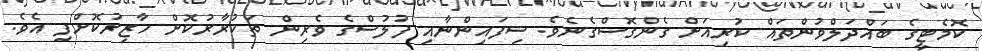
ކޮމެޓީގެ ބައްދަލްވުންތައް ކުރިއަށް ގެންގޮސްގެނެވެ. ސިފައިންނާއި ފުލުސްގެ ވެރިން ތަކުރާރުކޮށް ހާޒިރުކޮށްފި އެވެ.